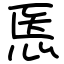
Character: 悘